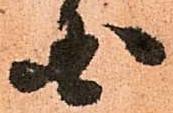
国